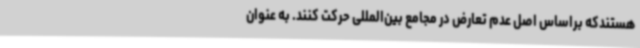
هستندکه براساس اصل عدم تعارض در مجامع بین‌المللی حرکت کنند. به عنوان